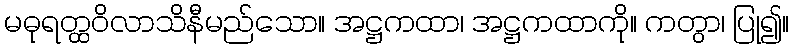
မဓုရတ္ထဝိလာသိနီမည်သော။ အဋ္ဌကထာ၊ အဋ္ဌကထာကို။ ကတွာ၊ ပြု၍။